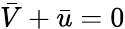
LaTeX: \bar{V}+\bar{u}=0